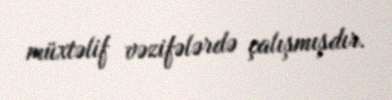
müxtəlif vəzifələrdə çalışmışdır.